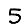
Digit: 5